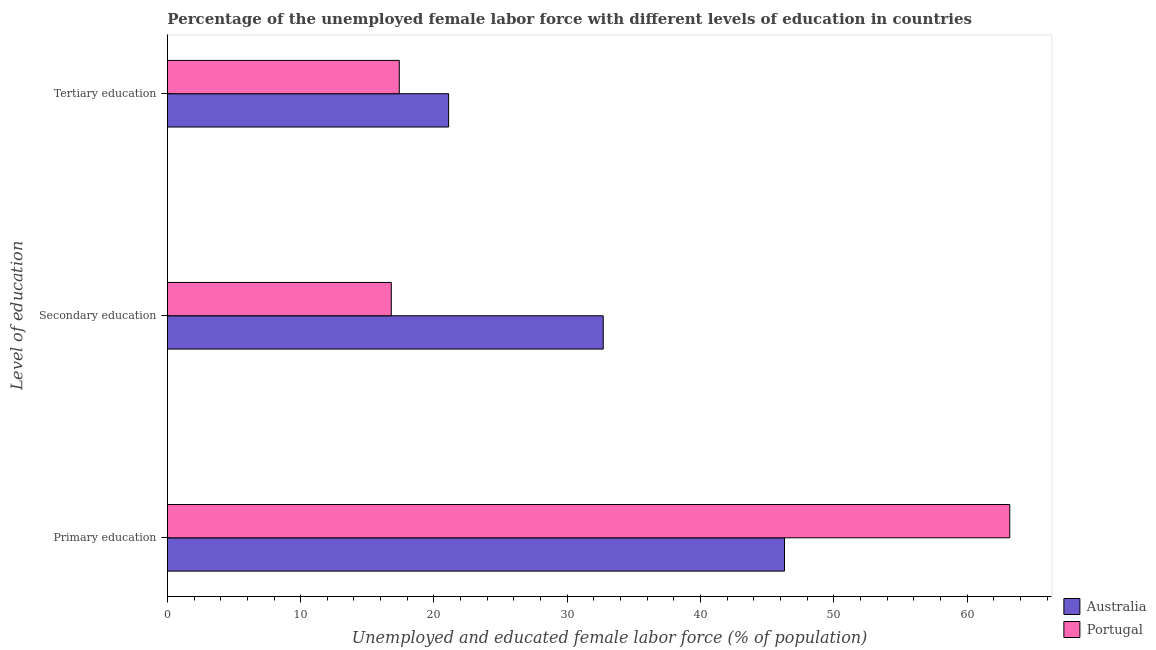
| Level of education | Australia | Portugal |
 | --- | --- | --- |
 | Primary education | 46.3 | 63.2 |
 | Secondary education | 32.7 | 16.8 |
 | Tertiary education | 21.1 | 17.4 |